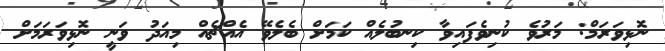
ނޮޅިވަރަމް: މަރުވެ ކުނިވެފައިވާ ކިނބުލެެއް ކަމަށް ބެލެވޭ އެއްޗެއް މިއަދު ވަނީ ނޮޅިވަރަމަށް